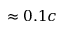
\approx 0 . 1 c